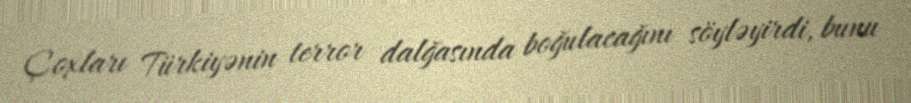
Çoxları Türkiyənin terror dalğasında boğulacağını söyləyirdi, bunu